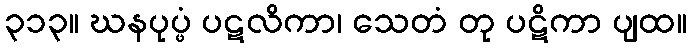
၃၁၃။ ဃနပုပ္ဖံ ပဋလိကာ၊ သေတံ တု ပဋိကာ ပျထ။